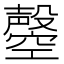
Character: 𣫝